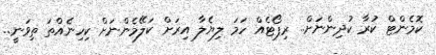
ކޮމެންޓް ކުރާ ކުދިންނަށް.. ރިޕޯޓެއް ހަމަ ލިޔެލާ އިރަށް ކަލޭމެންނަށް ކިހިނެއްތަ ތިވަނީ..